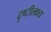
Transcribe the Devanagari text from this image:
दृष्टीलक्ष्य